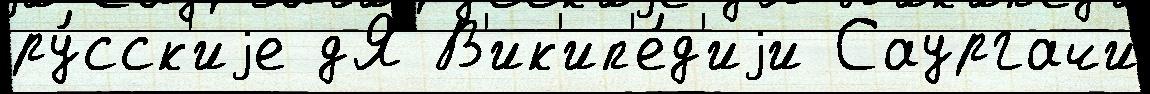
ру́сск'иjе дЯ В'ик'ип'е́д'иjи Саургачи